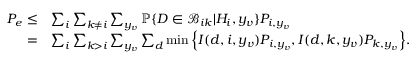
\begin{array} { r l } { P _ { e } \leq } & { \sum _ { i } \sum _ { k \neq i } \sum _ { y _ { v } } { \mathbb P } \{ D \in { \mathcal B } _ { i k } | H _ { i } , y _ { v } \} P _ { i , y _ { v } } } \\ { = } & { \sum _ { i } \sum _ { k > i } \sum _ { y _ { v } } \sum _ { d } \operatorname* { m i n } \Big \{ I ( d , i , y _ { v } ) P _ { i , y _ { v } } , I ( d , k , y _ { v } ) P _ { k , y _ { v } } \Big \} . } \end{array}